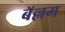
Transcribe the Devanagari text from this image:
बॅल्लम